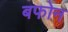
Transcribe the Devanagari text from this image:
बफोन